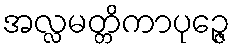
အလ္လမတ္တိကာပုဉ္ဇေ